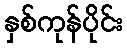
နှစ်ကုန်ပိုင်း